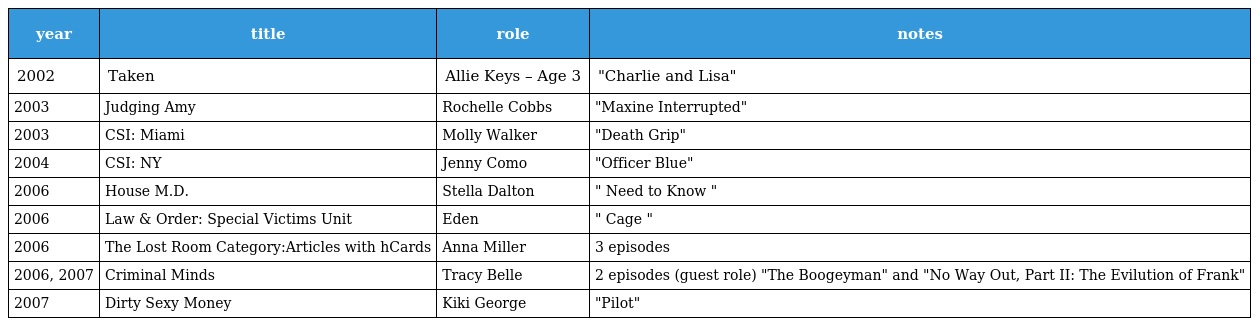
| year | title | role | notes |
 | --- | --- | --- | --- |
 | 2002 | Taken | Allie Keys – Age 3 | "Charlie and Lisa" |
 | 2003 | Judging Amy | Rochelle Cobbs | "Maxine Interrupted" |
 | 2003 | CSI: Miami | Molly Walker | "Death Grip" |
 | 2004 | CSI: NY | Jenny Como | "Officer Blue" |
 | 2006 | House M.D. | Stella Dalton | " Need to Know " |
 | 2006 | Law & Order: Special Victims Unit | Eden | " Cage " |
 | 2006 | The Lost Room Category:Articles with hCards | Anna Miller | 3 episodes |
 | 2006, 2007 | Criminal Minds | Tracy Belle | 2 episodes (guest role) "The Boogeyman" and "No Way Out, Part II: The Evilution of Frank" |
 | 2007 | Dirty Sexy Money | Kiki George | "Pilot" |